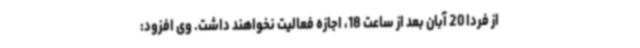
از فردا 20 آبان بعد از ساعت 18، اجازه فعالیت نخواهند داشت. وی افزود: